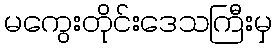
မကွေးတိုင်းဒေသကြီးမှ